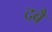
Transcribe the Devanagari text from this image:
दबैं